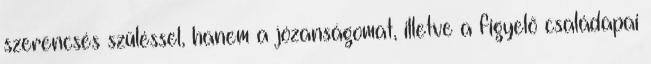
szerencsés szüléssel, hanem a józanságomat, illetve a figyelõ családapai